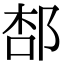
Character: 𨛢